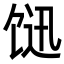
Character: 𩠇